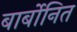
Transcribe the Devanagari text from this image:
बार्बोनित